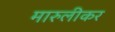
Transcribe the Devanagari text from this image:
मारुलीकर